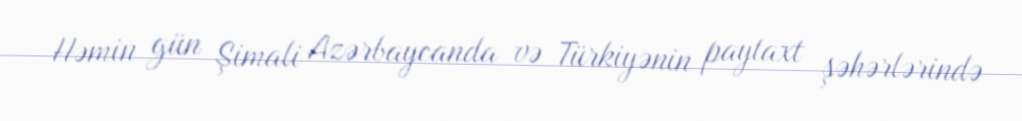
Həmin gün Şimali Azərbaycanda və Türkiyənin paytaxt şəhərlərində